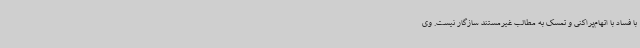
با فساد با اتهام‌پراکنی و تمسک به مطالب غیرمستند سازگار نیست. وی